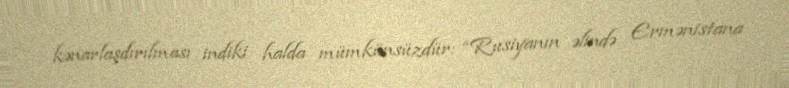
kənarlaşdırılması indiki halda mümkünsüzdür: “Rusiyanın əlində Ermənistana